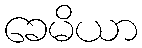
ခေမိယာ